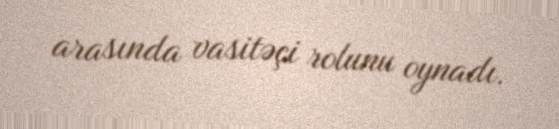
arasında vasitəçi rolunu oynadı.